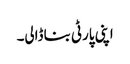
اپنی پارٹی بنا ڈالی۔